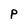
Character: P